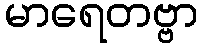
မာရေတဗ္ဗာ